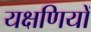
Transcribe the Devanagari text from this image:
यक्षणियों